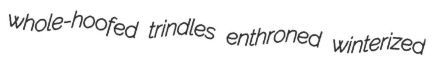
whole-hoofed trindles enthroned winterized